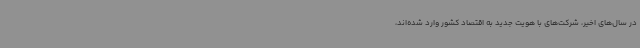
در سال‌های اخیر، شرکت‌های با هویت جدید به اقتصاد کشور وارد شده‌اند،